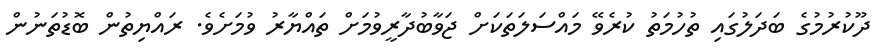
ދޫކުރުމުގެ ބަދަލުގައި ތުހުމަތު ކުރެވޭ މައްސަލަތަކަށް ޖަވާބުދާރީވުމަށް ތައްޔާރު ވުމަށެވެ. ރައްޔިތުން ބޮޑުތަނުން